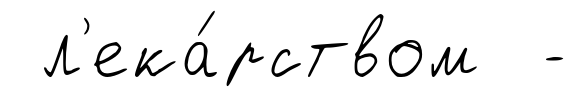
л'ека́рством -